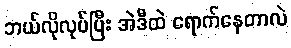
ဘယ်လိုလုပ်ပြီး အဲဒီထဲ ရောက်နေတာလဲ